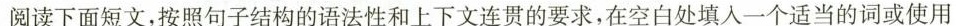
阅读下面短文,按照句子结构的语法性和上下文连贯的要求,在空白处填入一个适当的词或使用